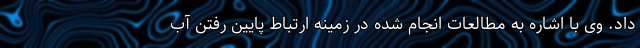
داد. وی با اشاره به مطالعات انجام شده در زمینه ارتباط پایین رفتن آب